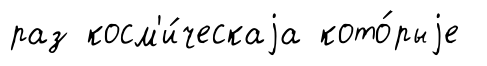
раз косм'и́ческаjа кото́рыjе